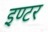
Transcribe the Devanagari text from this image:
इण्‍टर